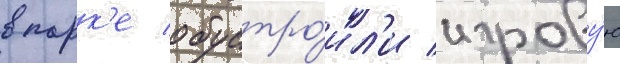
в парк'е обустро́ил'и игрову́ю